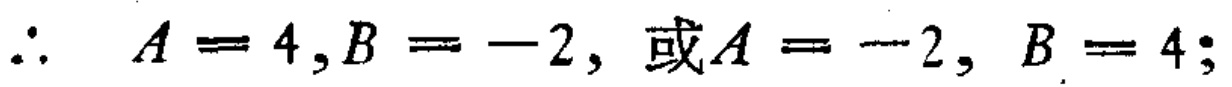
\(\therefore A = 4,B = -2,\text{ 或}A = -2, B = 4;\)